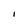
Character: I